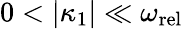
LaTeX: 0<|\kappa_{1}|\ll\omega_{\mathrm{rel}}